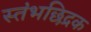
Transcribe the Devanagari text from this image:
स्तंभछिद्रक